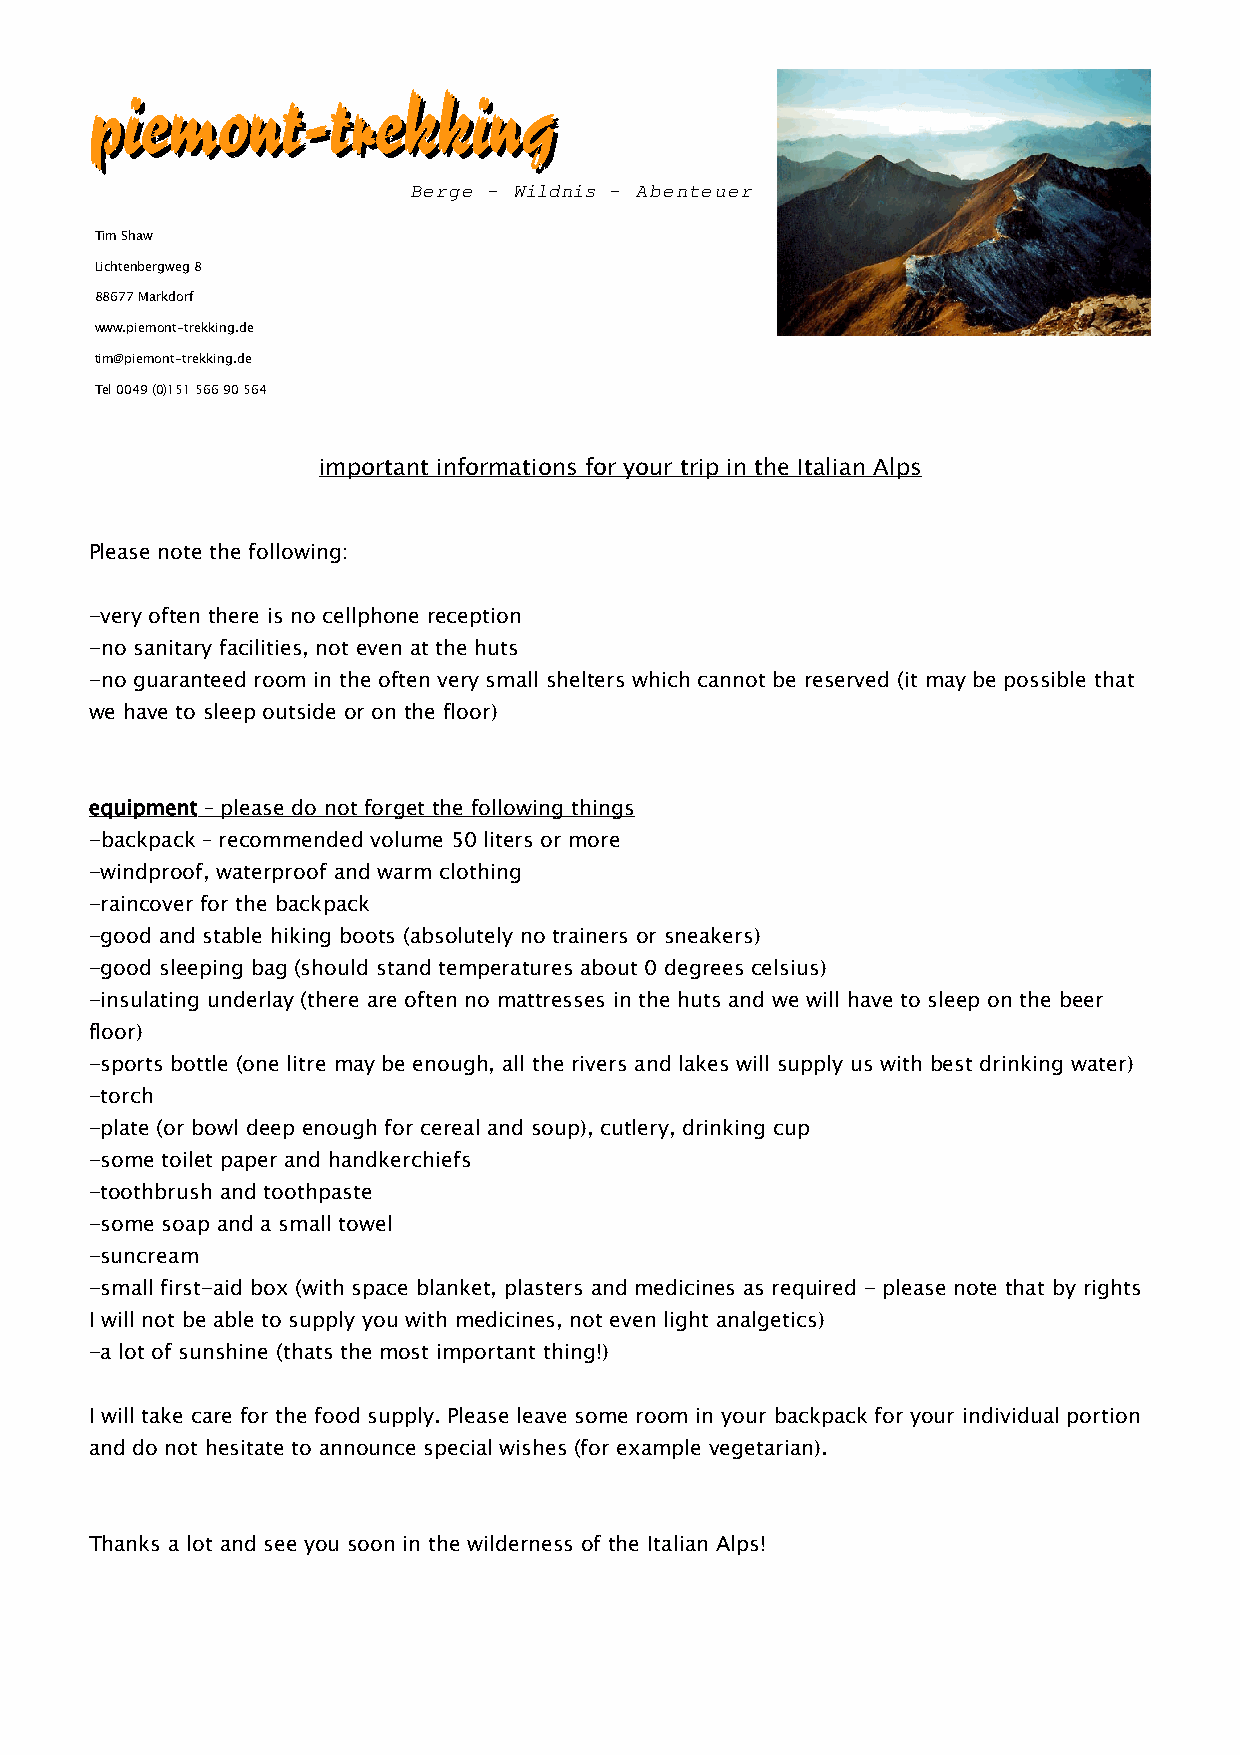
ppiieemmoonntt--ttrreekkkkiinngg
 Berge - Wildnis - Abenteuer
 Tim Shaw
 Lichtenbergweg 8
 88677 Markdorf
 www.piemont-trekking.de
 tim@piemont-trekking.de
 Tel 0049 (0)151 566 90 564
 important informations for your trip in the Italian Alps
 Please note the following:
 -very often there is no cellphone reception
 -no sanitary facilities, not even at the huts
 -no guaranteed room in the often very small shelters which cannot be reserved (it may be possible that
 we have to sleep outside or on the floor)
 equipment – please do not forget the following things
 -backpack – recommended volume 50 liters or more
 -windproof, waterproof and warm clothing
 -raincover for the backpack
 -good and stable hiking boots (absolutely no trainers or sneakers)
 -good sleeping bag (should stand temperatures about 0 degrees celsius)
 -insulating underlay (there are often no mattresses in the huts and we will have to sleep on the beer
 floor)
 -sports bottle (one litre may be enough, all the rivers and lakes will supply us with best drinking water)
 -torch
 -plate (or bowl deep enough for cereal and soup), cutlery, drinking cup
 -some toilet paper and handkerchiefs
 -toothbrush and toothpaste
 -some soap and a small towel
 -suncream
 -small first-aid box (with space blanket, plasters and medicines as required - please note that by rights
 I will not be able to supply you with medicines, not even light analgetics)
 -a lot of sunshine (thats the most important thing!)
 I will take care for the food supply. Please leave some room in your backpack for your individual portion
 and do not hesitate to announce special wishes (for example vegetarian).
 Thanks a lot and see you soon in the wilderness of the Italian Alps!